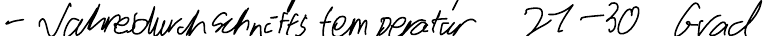
- Jahresdurchschnittstemperatur 21-30 Grad